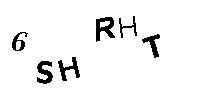
6SHRHT